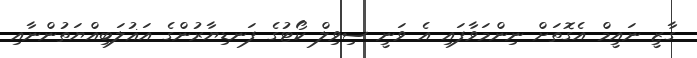
ގާޒީ ނައީމް އެގޮތަށް ނިންމަވާފައި އެ ވަނީ ސިވިލް ކޯޓުގެ ފަނޑިޔާރުންގެ އަޣުލަބިއްޔަތުންނާއި